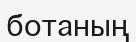
ботаның